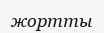
жортты